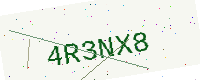
Text: 4R3NX8